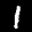
Label: 1